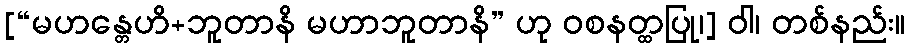
[“မဟန္တေဟိ+ဘူတာနိ မဟာဘူတာနိ” ဟု ဝစနတ္ထပြု၊] ဝါ၊ တစ်နည်း။